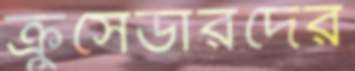
ক্রুসেডারদের